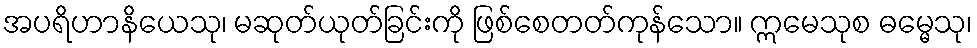
အပရိဟာနိယေသု၊ မဆုတ်ယုတ်ခြင်းကို ဖြစ်စေတတ်ကုန်သော။ ဣမေသုစ ဓမ္မေသု၊